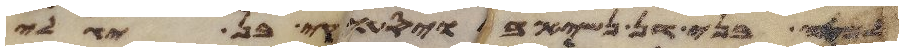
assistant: בני דן נשיא בקי בן יגלי